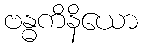
ဗန္ဓကိနိယော